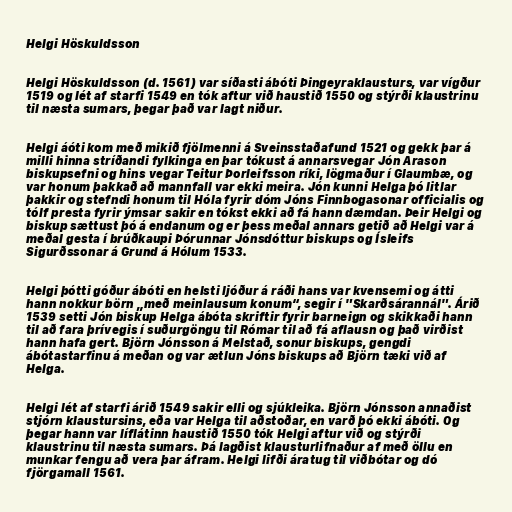
Helgi Höskuldsson

Helgi Höskuldsson (d. 1561) var síðasti ábóti Þingeyraklausturs, var vígður
1519 og lét af starfi 1549 en tók aftur við haustið 1550 og stýrði klaustrinu
til næsta sumars, þegar það var lagt niður.

Helgi áóti kom með mikið fjölmenni á Sveinsstaðafund 1521 og gekk þar á
milli hinna stríðandi fylkinga en þar tókust á annarsvegar Jón Arason
biskupsefni og hins vegar Teitur Þorleifsson ríki, lögmaður í Glaumbæ, og
var honum þakkað að mannfall var ekki meira. Jón kunni Helga þó litlar
þakkir og stefndi honum til Hóla fyrir dóm Jóns Finnbogasonar officialis og
tólf presta fyrir ýmsar sakir en tókst ekki að fá hann dæmdan. Þeir Helgi og
biskup sættust þó á endanum og er þess meðal annars getið að Helgi var á
meðal gesta í brúðkaupi Þórunnar Jónsdóttur biskups og Ísleifs
Sigurðssonar á Grund á Hólum 1533.

Helgi þótti góður ábóti en helsti ljóður á ráði hans var kvensemi og átti
hann nokkur börn „með meinlausum konum“, segir í "Skarðsárannál". Árið
1539 setti Jón biskup Helga ábóta skriftir fyrir barneign og skikkaði hann
til að fara þrívegis í suðurgöngu til Rómar til að fá aflausn og það virðist
hann hafa gert. Björn Jónsson á Melstað, sonur biskups, gengdi
ábótastarfinu á meðan og var ætlun Jóns biskups að Björn tæki við af
Helga.

Helgi lét af starfi árið 1549 sakir elli og sjúkleika. Björn Jónsson annaðist
stjórn klaustursins, eða var Helga til aðstoðar, en varð þó ekki ábóti. Og
þegar hann var líflátinn haustið 1550 tók Helgi aftur við og stýrði
klaustrinu til næsta sumars. Þá lagðist klausturlifnaður af með öllu en
munkar fengu að vera þar áfram. Helgi lifði áratug til viðbótar og dó
fjörgamall 1561.